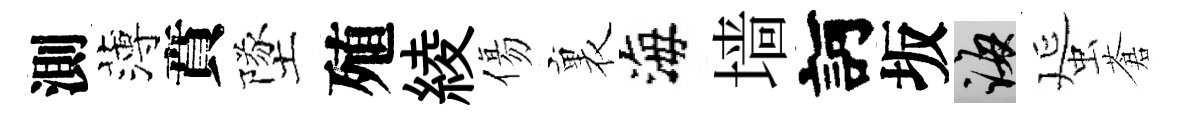
測薄賁墜殖綾傷裏海墙訶坂誨蜑蒼